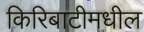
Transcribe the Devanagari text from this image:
किरिबाटीमधील